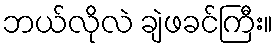
ဘယ်လိုလဲ ချဲဖခင်ကြီး။